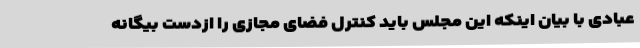
عبادی با بیان اینکه این مجلس باید کنترل فضای مجازی را ازدست بیگانه